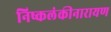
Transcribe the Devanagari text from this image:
निष्कलंकीनारायण